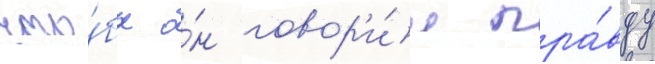
что́бы о́н говор'и́л пра́вду